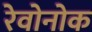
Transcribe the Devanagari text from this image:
रेवोनोक